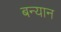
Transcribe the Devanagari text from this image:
बन्यान